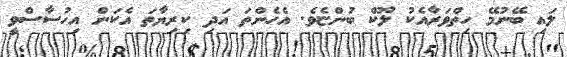
ލައި ބޭނުމޭ ހިތްވަރާއެކު ލޫކް ބުންޏެވެ. އެހެންތަ އަދި ކިރިޔާތަ އެކަން އިހުސާސްވީ